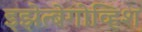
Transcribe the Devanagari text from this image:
इझेत्बेगोव्हिश